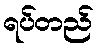
ရပ်တည်